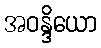
အဝန္ဒိယော